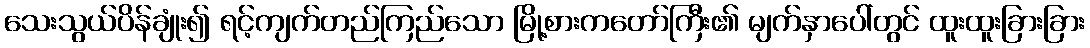
သေးသွယ်ပိန်ချုံး၍ ရင့်ကျက်တည်ကြည်သော မြို့စားကတော်ကြီး၏ မျက်နှာပေါ်တွင် ထူးထူးခြားခြား